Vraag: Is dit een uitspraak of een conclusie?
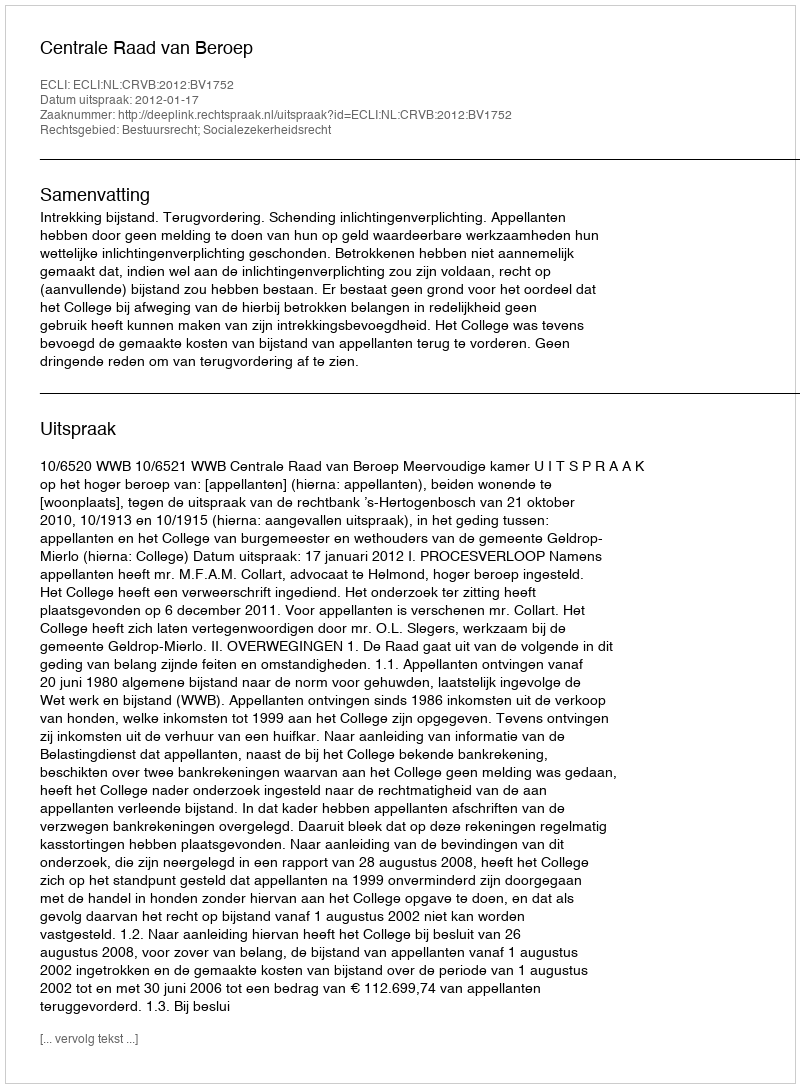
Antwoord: Uitspraak